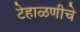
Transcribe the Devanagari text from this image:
टेहाळणीचे